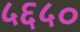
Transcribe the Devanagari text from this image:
५६५०